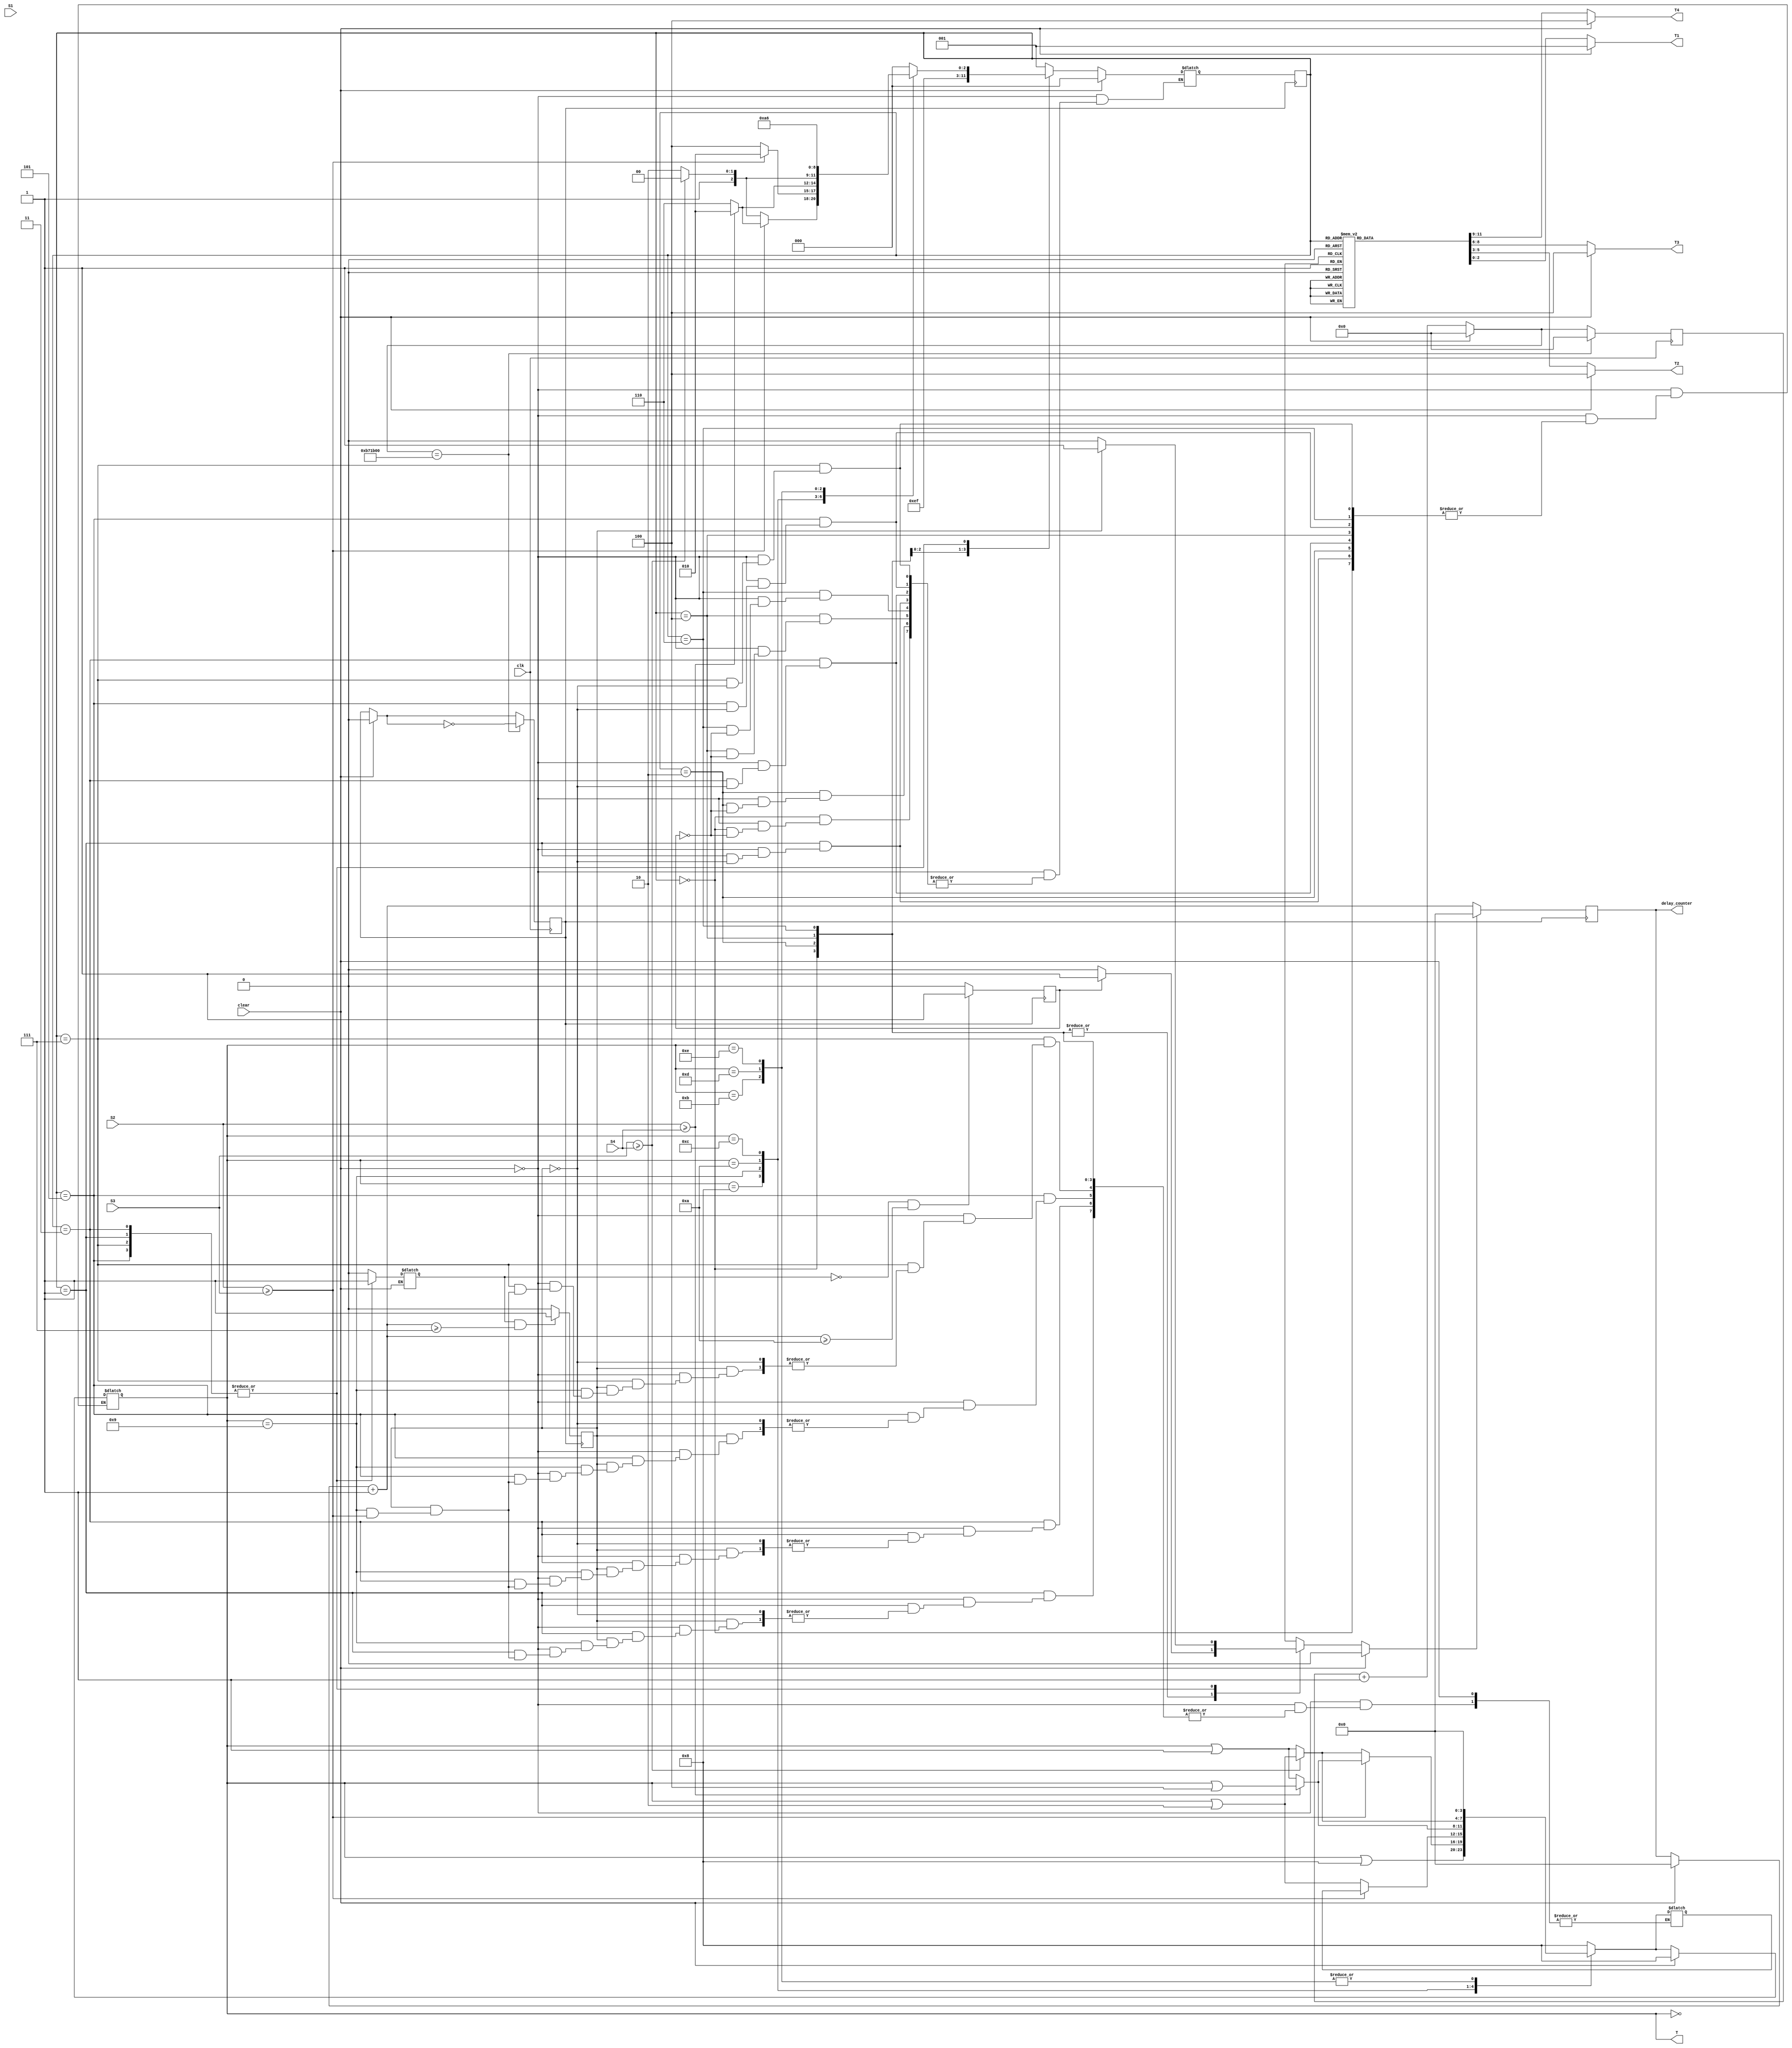
// trail code for level 1 implementation
// version 1.2:   Fixed Delay Implementation (21-02-2013)
// version 1.3:   Implemented in Altera Quartus II: Multiple driver error (03-03-2013)
// version 1.4:   Successful compilation and synthesis in Altera (06-03-2013), Error in Functional Analysis
// version 1.5:   Successful Functional Analysis of v1.4 in ModelSim (18-03-2013)
// version 1.6:   Implemented clock division and hardware implementation (04-04-2013)
// version 1.6.1: Minor changes in v1.6 (11-04-2013)
// version 1.7:   Removed task from v1.6 and repeated the code everywhere but no success (12-04-2013)

`define TRUE      1'b1
`define FALSE     1'b0

`define RED       3'b100  // 2'b00 = RED
`define YELLOW    3'b010  // 2'b01 = YELLOW
`define GREEN     3'b001  // 2'b10 = GREEN

`define Y2RDELAY  7       // Delay from Y to R (number of posedges of clock)
`define G2YDELAY  10      // Delay from G to Y (number of posedges of clock)

`define RD_EMPTY  3'd0    // 3'b000 = EMPTY
`define RD_LESS   3'd1    // 3'b001 = LESS CROWDED
`define RD_MORE   3'd3    // 3'b011 = MORE CROWDED
`define RD_FULL   3'd7    // 3'b111 = FULL CROWDED

// state definition
`define T1G       3'd0    // 3'b000 = State 0 = T1 GREEN
`define T1Y       3'd1    // 3'b001 = State 1 = T1 YELLOW
`define T2G       3'd2    // 3'b010 = State 2 = T2 GREEN
`define T2Y       3'd3    // 3'b011 = State 3 = T2 YELLOW
`define T3G       3'd4    // 3'b100 = State 4 = T3 GREEN
`define T3Y       3'd5    // 3'b101 = State 5 = T3 YELLOW
`define T4G       3'd6    // 3'b110 = State 6 = T4 GREEN
`define T4Y       3'd7    // 3'b111 = State 7 = T4 YELLOW

module level1(T, T1, T2, T3, T4, S1, S2, S3, S4, clk, clear, delay_counter);
  output  [2:0] T1, T2, T3, T4;     // four traffic lights
  reg     [2:0] T1, T2, T3, T4;
  input   [2:0] S1, S2, S3, S4;     // four sets of three sensors per road
  input   clk, clear;				// 'clk' is input from the board. 24MHz.   
  reg     [24:0] clkdiv;			// to count posedge of 'clk'
  
  reg     clock;					// 'clock' used in the entire program
  reg	  flag;						// chooses between G2Ysignal and Y2Rsignal (v1.6.1)
  
  output  [3:0] T;                  // to maintain cycle operation among T1, T2, T3, T4
  reg     [3:0] T;                  // output only to view it from testbench
  reg	  [3:0] TT;					// temp register for task operation of T
  
  reg     [2:0] state, next_state;  // internal state variables
  
  output  [3:0] delay_counter;      // counter to control delay, introduced in v1.2
  reg     [3:0] delay_counter;      // output only to view it from testbench
  
  // introduced in v1.4
  // intermediate signals to connect two always blocks
  reg	  Y2Rsignal;				// becomes HIGH when delay = Y2RDELAY
  reg	  G2Ysignal;				// becomes HIGH when delay = G2YDELAY
  reg	  delay_counter_clear;		// when this is HIGH, clear delay_counter

  // initially T1 is green, rest all are red
  // initial state is T1GREEN (T1G)
  
  /*** initialize block is commented
  // always @(clear)
  initial
  begin
    state = `T1G;
    next_state = `T1G;
    T1 = `GREEN;
    T2 = `RED;
    T3 = `RED;
    T4 = `RED;
    T  = 4'd8;        // initialize cycle to 4'b1000
    delay_counter = 4'd0; // initialize delay counter to zero
  end
  *****/
  
  
  // clock division to get a delay of 1 sec (v1.6)
  // 'clk' is internal clock of FPGA running at 25 MHz.
  // 'clk' is divided into 'clock' of time period 1 sec.
  always @(posedge clk)
  begin
	clkdiv = clkdiv + 1;
	if(clear) begin
		clkdiv = 25'd0;
		clock = 1'b0;
	end
	
	if(clkdiv == 25'b0_1011_0111_0001_1011_0000_0000) begin		// 25M = 25'b1_0111_1101_0111_1000_0100_0000 and 24M = 25'b1_0110_1110_0011_0110_0000_0000
		clock = ~clock;
		clkdiv = 1'b0;
	end
  end		// end of always
  
  
  // state changes only at posedge of clock
  // delay counter increases at posedge of clock
  // always @(posedge clock, delay_counter_clear)	// error since edge and level triggered cannot be together (v1.4)
  always @(posedge clock)
  begin
    
    if(clear) begin									// clear/reset conditions
	    state = `T1G;
	    delay_counter = 4'd0;
	    Y2Rsignal = 1'b0;
	    G2Ysignal = 1'b0;
	  end		// end of if
    
    state = next_state;								// state changes only at posedge of clock
    delay_counter = delay_counter + 1;				// delay counter increases at posedge of clock
    
    // check for delay counter values (v1.4)
    // if counter >= required delay, set 1 or else 0
    if((flag) && (delay_counter >= `Y2RDELAY)) begin			// >= used instead of == for safety
	// if((delay_counter >= `Y2RDELAY)) begin
	  Y2Rsignal = 1'b1;								// = is blocking operator
	end
	else begin Y2Rsignal = 1'b0; // clears intermediate signal
	end    // end of if-else
	
	if((!flag) && (delay_counter >= `G2YDELAY)) begin
	// if((delay_counter >= `G2YDELAY)) begin
	  G2Ysignal = 1'b1;								// intermediate signals are generated
	end
	else begin
	  G2Ysignal = 1'b0;								// clears intermediate signal
	end		// end of if-else
	
	if(delay_counter_clear) begin
	  delay_counter = 1'b0;							// clear delay_counter here (v1.4)
	end		// end of if
	
  end		// end of always
  
  // compute traffic light values
  always @(state)
  begin
    case (state)
      `T1G: begin T1 = `GREEN;  T2 = `RED;    T3 = `RED;    T4 = `RED;    end
      `T1Y: begin T1 = `YELLOW; T2 = `RED;    T3 = `RED;    T4 = `RED;    end 
      `T2G: begin T1 = `RED;    T2 = `GREEN;  T3 = `RED;    T4 = `RED;    end 
      `T2Y: begin T1 = `RED;    T2 = `YELLOW; T3 = `RED;    T4 = `RED;    end 
      `T3G: begin T1 = `RED;    T2 = `RED;    T3 = `GREEN;  T4 = `RED;    end 
      `T3Y: begin T1 = `RED;    T2 = `RED;    T3 = `YELLOW; T4 = `RED;    end  
      `T4G: begin T1 = `RED;    T2 = `RED;    T3 = `RED;    T4 = `GREEN;  end
      `T4Y: begin T1 = `RED;    T2 = `RED;    T3 = `RED;    T4 = `YELLOW; end
      default: begin T1 = `GREEN;  T2 = `RED;    T3 = `RED;    T4 = `RED;    end
    endcase
    
    if(clear)
			begin T1 = `GREEN;  T2 = `RED;    T3 = `RED;    T4 = `RED;    end	// end of if
  
  end	// end of always
  
  // task to compute the probable next state based upon
  // sensor values and cycle value of T
  task calc_prob_next_state; // probable next state as output
    output [2:0] next_state;  // probable next state as output
    input  [2:0] S1, S2, S3, S4;   // four sensor values as input
    input  [3:0] t;                // cycle variable as input
    output [3:0] tt;			   // modified cycle variable as output
    begin
      
      // case structure to ensure cyclic response
      // T = [T1, T2, T3, T4]
      // only 8 cases are considered out of 16 since T1 will always be made green
      // at the start of every cycle
      
      case (t)
        4'b0000:  begin
                    next_state = `T1G;   // T1 GREEN
                    tt = t|4'b1000;            // update T
                  end
                  
        4'b1000:  begin
                    if (S2 >= S3)
                    begin
                      if (S2 >= S4)
                      begin
                        next_state = `T2G; // T2 GREEN
                        // tt = t|4'b0100;          // update T
                        tt = 4'b1100;
                      end
                      else begin
                        next_state = `T4G; // T4 GREEN
                        tt = t|4'b0001;          // update T
                      end
                    end     // end of first if half
                    else begin
                      if (S3 >= S4)  begin
                        next_state = `T3G; // T3 GREEN
                        tt = t|4'b0010;          // update T
                      end
                      else begin
                        next_state = `T4G; // T4 GREEN
                        tt = t|4'b0001;          // update T
                      end
                    end     // end of if-else
                  end   // end of first case
                  
        4'b1001:  begin
                    if (S2 >= S3)  begin
                      next_state = `T2G;   // T2 GREEN
                      // tt = t|4'b0100;            // update T
                    end
                    else begin
                      next_state = `T3G;   // T3 GREEN
                      tt = t|4'b0010;            // update T
                    end
                  end
        
        4'b1010:  begin
                    if (S2 >= S4)  begin
                      next_state = `T2G;   // T2 GREEN
                      tt = t|4'b0100;            // update T
                    end
                    else begin
                      next_state = `T4G;   // T4 GREEN
                      tt = t|4'b0001;             // update T
                    end
                  end
                  
        4'b1100:  begin
                    if (S3 >= S4)  begin
                      next_state = `T3G;   // T3 GREEN
                      // tt = t|4'b0010;             // update T
                      tt = 4'b1110;
                    end
                    else begin
                      next_state = `T4G;   // T4 GREEN
                      tt = t|4'b0001;             // update T
                    end
                  end 
                  
        4'b1011:  begin
                    next_state = `T2G;   // T2 GREEN
                    tt = 4'b0000;              // update T   
                  end
                  
        4'b1101:  begin
                    next_state = `T3G;   // T3 GREEN
                    tt = 4'b0000;              // update T   
                  end
                  
        4'b1110:  begin
                    next_state = `T4G;   // T4 GREEN
                    tt = 4'b0000;              // update T   
                  end
        
        default:  begin
                    next_state = `T1G;   // T1 GREEN
                    tt = 4'b1000;              // update T
                  end
                  
      endcase     // end of case
    end           // end of task begin
  endtask         // end of task
  
  // state machine using case statement
  always @(state, clear, S1, S2, S3, S4, T, Y2Rsignal, G2Ysignal)	// added intermediate signals (v1.4) 
  // always @*
  begin
	  if (clear) begin
		next_state = `T1G;
		T  = 4'd8;
		delay_counter_clear = 1'b0;
      end
    
      else begin
      case (state)
        `T1G: begin
                flag = 1'b0;										// flag = 0 = choose G2Ysignal
                // repeat(`G2YDELAY) @(posedge clock);              // wait from G to Y
                // if(delay_counter >= `G2YDELAY) begin                // wait from G to Y (v1.2)
                if(G2Ysignal) begin									// TRUE when wait from G to Y is over (v1.4)
                  next_state = `T1Y;                                // next state is Y of same G
                  // delay_counter = 4'd0;                             // clear counter upon state change (v1.2)
                  delay_counter_clear = 1'b1;						// this signal will clear the counter (v1.4)
                end
                else begin
				  delay_counter_clear = 1'b0;						// this is to ensure counter keeps ticking
				end
              end
        
        `T1Y: begin
                flag = 1'b1;										// flag = 1 = choose Y2Rsignal
                // repeat(`Y2RDELAY) @(posedge clock);               // wait from Y to R
                // if(delay_counter >= `Y2RDELAY) begin                 // wait from Y to R (v1.2)
                if(Y2Rsignal) begin									 // wait from Y to R (v1.4)
                  // calc_prob_next_state(next_state, S1, S2, S3, S4, T, TT); // calling task to update next_state and T
                  // delay_counter = 4'd0;                              // clear counter upon state change (v1.2)
                  
                  //******************** FROM TASK ***************//
				  case (T)
					4'b0000:  begin
								next_state = `T1G;   // T1 GREEN
								TT = T|4'b1000;            // update T
							  end
							  
					4'b1000:  begin
								if (S2 >= S3)
								begin
								  if (S2 >= S4)
								  begin
									next_state = `T2G; // T2 GREEN
									TT = T|4'b0100;          // update T
									// TT = 4'b1100;
								  end
								  else begin
									next_state = `T4G; // T4 GREEN
									TT = T|4'b0001;          // update T
								  end
								end     // end of first if half
								else begin
								  if (S3 >= S4)  begin
									next_state = `T3G; // T3 GREEN
									TT = T|4'b0010;          // update T
								  end
								  else begin
									next_state = `T4G; // T4 GREEN
									TT = T|4'b0001;          // update T
								  end
								end     // end of if-else
							  end   // end of first case
							  
					4'b1001:  begin
								if (S2 >= S3)  begin
								  next_state = `T2G;   // T2 GREEN
								  // TT = T|4'b0100;            // update T
								end
								else begin
								  next_state = `T3G;   // T3 GREEN
								  TT = T|4'b0010;            // update T
								end
							  end
					
					4'b1010:  begin
								if (S2 >= S4)  begin
								  next_state = `T2G;   // T2 GREEN
								  TT = T|4'b0100;            // update T
								end
								else begin
								  next_state = `T4G;   // T4 GREEN
								  TT = T|4'b0001;             // update T
								end
							  end
							  
					4'b1100:  begin
								if (S3 >= S4)  begin
								  next_state = `T3G;   // T3 GREEN
								  TT = T|4'b0010;             // update T
								  // TT = 4'b1110;
								end
								else begin
								  next_state = `T4G;   // T4 GREEN
								  TT = T|4'b0001;             // update T
								end
							  end 
							  
					4'b1011:  begin
								next_state = `T2G;   // T2 GREEN
								TT = 4'b0000;              // update T   
							  end
							  
					4'b1101:  begin
								next_state = `T3G;   // T3 GREEN
								TT = 4'b0000;              // update T   
							  end
							  
					4'b1110:  begin
								next_state = `T4G;   // T4 GREEN
								TT = 4'b0000;              // update T   
							  end
					
					default:  begin
								next_state = `T1G;   // T1 GREEN
								TT = 4'b1000;              // update T
							  end
							  
				  endcase     // end of case
				  //************ END OF TASK PART **********//
                  
                  delay_counter_clear = 1'b1;						 // this signal will clear the counter (v1.4)
                  T = TT;											 // Assign TT to T
                end
                else begin
				  delay_counter_clear = 1'b0;						 // this is to ensure counter keeps ticking
				end
              end
              
        `T2G: begin
                flag = 1'b0;										// flag = 0 = choose G2Ysignal
                // repeat(`G2YDELAY) @(posedge clock);              // wait from G to Y
                // if(delay_counter >= `G2YDELAY) begin                // wait from G to Y (v1.2)
                if(G2Ysignal) begin									// TRUE when wait from G to Y is over (v1.4)
                  next_state = `T2Y;                                // next state is Y of same G
                  // delay_counter = 4'd0;                             // clear counter upon state change (v1.2)
                  delay_counter_clear = 1'b1;						// this signal will clear the counter (v1.4)
                end
                else begin
				  delay_counter_clear = 1'b0;						// this is to ensure counter keeps ticking
				end
              end
        
        `T2Y: begin
                flag = 1'b1;										// flag = 1 = choose Y2Rsignal
                // repeat(`Y2RDELAY) @(posedge clock);               // wait from Y to R
                // if(delay_counter >= `Y2RDELAY) begin                 // wait from Y to R (v1.2)
                if(Y2Rsignal) begin									 // wait from Y to R (v1.4)
                  // calc_prob_next_state(next_state, S1, S2, S3, S4, T, TT); // calling task to update next_state and T
                  // delay_counter = 4'd0;                              // clear counter upon state change (v1.2)
                  
                  //******************** FROM TASK ***************//
				  case (T)
					4'b0000:  begin
								next_state = `T1G;   // T1 GREEN
								TT = T|4'b1000;            // update T
							  end
							  
					4'b1000:  begin
								if (S2 >= S3)
								begin
								  if (S2 >= S4)
								  begin
									next_state = `T2G; // T2 GREEN
									TT = T|4'b0100;          // update T
									// TT = 4'b1100;
								  end
								  else begin
									next_state = `T4G; // T4 GREEN
									TT = T|4'b0001;          // update T
								  end
								end     // end of first if half
								else begin
								  if (S3 >= S4)  begin
									next_state = `T3G; // T3 GREEN
									TT = T|4'b0010;          // update T
								  end
								  else begin
									next_state = `T4G; // T4 GREEN
									TT = T|4'b0001;          // update T
								  end
								end     // end of if-else
							  end   // end of first case
							  
					4'b1001:  begin
								if (S2 >= S3)  begin
								  next_state = `T2G;   // T2 GREEN
								  // TT = T|4'b0100;            // update T
								end
								else begin
								  next_state = `T3G;   // T3 GREEN
								  TT = T|4'b0010;            // update T
								end
							  end
					
					4'b1010:  begin
								if (S2 >= S4)  begin
								  next_state = `T2G;   // T2 GREEN
								  TT = T|4'b0100;            // update T
								end
								else begin
								  next_state = `T4G;   // T4 GREEN
								  TT = T|4'b0001;             // update T
								end
							  end
							  
					4'b1100:  begin
								if (S3 >= S4)  begin
								  next_state = `T3G;   // T3 GREEN
								  TT = T|4'b0010;             // update T
								  // TT = 4'b1110;
								end
								else begin
								  next_state = `T4G;   // T4 GREEN
								  TT = T|4'b0001;             // update T
								end
							  end 
							  
					4'b1011:  begin
								next_state = `T2G;   // T2 GREEN
								TT = 4'b0000;              // update T   
							  end
							  
					4'b1101:  begin
								next_state = `T3G;   // T3 GREEN
								TT = 4'b0000;              // update T   
							  end
							  
					4'b1110:  begin
								next_state = `T4G;   // T4 GREEN
								TT = 4'b0000;              // update T   
							  end
					
					default:  begin
								next_state = `T1G;   // T1 GREEN
								TT = 4'b1000;              // update T
							  end
							  
				  endcase     // end of case
				  //************ END OF TASK PART **********//
                  
                  delay_counter_clear = 1'b1;						 // this signal will clear the counter (v1.4)
                  T = TT;											 // Assign TT to T
                end
                else begin
				  delay_counter_clear = 1'b0;						 // this is to ensure counter keeps ticking
				end
              end
              
        `T3G: begin
                flag = 1'b0;										// flag = 0 = choose G2Ysignal
                // repeat(`G2YDELAY) @(posedge clock);              // wait from G to Y
                // if(delay_counter >= `G2YDELAY) begin                // wait from G to Y (v1.2)
                if(G2Ysignal) begin									// TRUE when wait from G to Y is over (v1.4)
                  next_state = `T3Y;                                // next state is Y of same G
                  // delay_counter = 4'd0;                             // clear counter upon state change (v1.2)
                  delay_counter_clear = 1'b1;						// this signal will clear the counter (v1.4)
                end
                else begin
				  delay_counter_clear = 1'b0;						// this is to ensure counter keeps ticking
				end
              end
        
        `T3Y: begin
                flag = 1'b1;										// flag = 1 = choose Y2Rsignal
                // repeat(`Y2RDELAY) @(posedge clock);               // wait from Y to R
                // if(delay_counter >= `Y2RDELAY) begin                 // wait from Y to R (v1.2)
                if(Y2Rsignal) begin									 // wait from Y to R (v1.4)
                  // calc_prob_next_state(next_state, S1, S2, S3, S4, T, TT); // calling task to update next_state and T
                  // delay_counter = 4'd0;                              // clear counter upon state change (v1.2)
                  
                  //******************** FROM TASK ***************//
				  case (T)
					4'b0000:  begin
								next_state = `T1G;   // T1 GREEN
								TT = T|4'b1000;            // update T
							  end
							  
					4'b1000:  begin
								if (S2 >= S3)
								begin
								  if (S2 >= S4)
								  begin
									next_state = `T2G; // T2 GREEN
									TT = T|4'b0100;          // update T
									// TT = 4'b1100;
								  end
								  else begin
									next_state = `T4G; // T4 GREEN
									TT = T|4'b0001;          // update T
								  end
								end     // end of first if half
								else begin
								  if (S3 >= S4)  begin
									next_state = `T3G; // T3 GREEN
									TT = T|4'b0010;          // update T
								  end
								  else begin
									next_state = `T4G; // T4 GREEN
									TT = T|4'b0001;          // update T
								  end
								end     // end of if-else
							  end   // end of first case
							  
					4'b1001:  begin
								if (S2 >= S3)  begin
								  next_state = `T2G;   // T2 GREEN
								  // TT = T|4'b0100;            // update T
								end
								else begin
								  next_state = `T3G;   // T3 GREEN
								  TT = T|4'b0010;            // update T
								end
							  end
					
					4'b1010:  begin
								if (S2 >= S4)  begin
								  next_state = `T2G;   // T2 GREEN
								  TT = T|4'b0100;            // update T
								end
								else begin
								  next_state = `T4G;   // T4 GREEN
								  TT = T|4'b0001;             // update T
								end
							  end
							  
					4'b1100:  begin
								if (S3 >= S4)  begin
								  next_state = `T3G;   // T3 GREEN
								  TT = T|4'b0010;             // update T
								  // TT = 4'b1110;
								end
								else begin
								  next_state = `T4G;   // T4 GREEN
								  TT = T|4'b0001;             // update T
								end
							  end 
							  
					4'b1011:  begin
								next_state = `T2G;   // T2 GREEN
								TT = 4'b0000;              // update T   
							  end
							  
					4'b1101:  begin
								next_state = `T3G;   // T3 GREEN
								TT = 4'b0000;              // update T   
							  end
							  
					4'b1110:  begin
								next_state = `T4G;   // T4 GREEN
								TT = 4'b0000;              // update T   
							  end
					
					default:  begin
								next_state = `T1G;   // T1 GREEN
								TT = 4'b1000;              // update T
							  end
							  
				  endcase     // end of case
				  //************ END OF TASK PART **********//
                  
                  delay_counter_clear = 1'b1;						 // this signal will clear the counter (v1.4)
                  T = TT;											 // Assign TT to T
                end
                else begin
				  delay_counter_clear = 1'b0;						 // this is to ensure counter keeps ticking
				end
              end
              
        `T4G: begin
                flag = 1'b0;										// flag = 0 = choose G2Ysignal
                // repeat(`G2YDELAY) @(posedge clock);              // wait from G to Y
                // if(delay_counter >= `G2YDELAY) begin                // wait from G to Y (v1.2)
                if(G2Ysignal) begin									// TRUE when wait from G to Y is over (v1.4)
                  next_state = `T4Y;                                // next state is Y of same G
                  // delay_counter = 4'd0;                             // clear counter upon state change (v1.2)
                  delay_counter_clear = 1'b1;						// this signal will clear the counter (v1.4)
                end
                else begin
				  delay_counter_clear = 1'b0;						// this is to ensure counter keeps ticking
				end
              end
        
        `T4Y: begin
                flag = 1'b1;										// flag = 1 = choose Y2Rsignal
                // repeat(`Y2RDELAY) @(posedge clock);               // wait from Y to R
                // if(delay_counter >= `Y2RDELAY) begin                 // wait from Y to R (v1.2)
                if(Y2Rsignal) begin									 // wait from Y to R (v1.4)
                  // calc_prob_next_state(next_state, S1, S2, S3, S4, T, TT); // calling task to update next_state and T
                  // delay_counter = 4'd0;                              // clear counter upon state change (v1.2)
                  
                  //******************** FROM TASK ***************//
				  case (T)
					4'b0000:  begin
								next_state = `T1G;   // T1 GREEN
								TT = T|4'b1000;            // update T
							  end
							  
					4'b1000:  begin
								if (S2 >= S3)
								begin
								  if (S2 >= S4)
								  begin
									next_state = `T2G; // T2 GREEN
									TT = T|4'b0100;          // update T
									// TT = 4'b1100;
								  end
								  else begin
									next_state = `T4G; // T4 GREEN
									TT = T|4'b0001;          // update T
								  end
								end     // end of first if half
								else begin
								  if (S3 >= S4)  begin
									next_state = `T3G; // T3 GREEN
									TT = T|4'b0010;          // update T
								  end
								  else begin
									next_state = `T4G; // T4 GREEN
									TT = T|4'b0001;          // update T
								  end
								end     // end of if-else
							  end   // end of first case
							  
					4'b1001:  begin
								if (S2 >= S3)  begin
								  next_state = `T2G;   // T2 GREEN
								  // TT = T|4'b0100;            // update T
								end
								else begin
								  next_state = `T3G;   // T3 GREEN
								  TT = T|4'b0010;            // update T
								end
							  end
					
					4'b1010:  begin
								if (S2 >= S4)  begin
								  next_state = `T2G;   // T2 GREEN
								  TT = T|4'b0100;            // update T
								end
								else begin
								  next_state = `T4G;   // T4 GREEN
								  TT = T|4'b0001;             // update T
								end
							  end
							  
					4'b1100:  begin
								if (S3 >= S4)  begin
								  next_state = `T3G;   // T3 GREEN
								  TT = T|4'b0010;             // update T
								  // TT = 4'b1110;
								end
								else begin
								  next_state = `T4G;   // T4 GREEN
								  TT = T|4'b0001;             // update T
								end
							  end 
							  
					4'b1011:  begin
								next_state = `T2G;   // T2 GREEN
								TT = 4'b0000;              // update T   
							  end
							  
					4'b1101:  begin
								next_state = `T3G;   // T3 GREEN
								TT = 4'b0000;              // update T   
							  end
							  
					4'b1110:  begin
								next_state = `T4G;   // T4 GREEN
								TT = 4'b0000;              // update T   
							  end
					
					default:  begin
								next_state = `T1G;   // T1 GREEN
								TT = 4'b1000;              // update T
							  end
							  
				  endcase     // end of case
				  //************ END OF TASK PART **********//
                  
                  delay_counter_clear = 1'b1;						 // this signal will clear the counter (v1.4)
                  T = TT;											 // Assign TT to T
                end
                else begin
				  delay_counter_clear = 1'b0;						 // this is to ensure counter keeps ticking
				end
              end
              
       endcase   // end of case
    end     // end of if-else
  end    // end of always                
          
endmodule